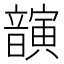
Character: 𫖚